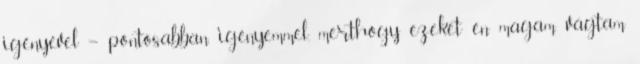
igényével – pontosabban igényemmel, merthogy ezeket én magam vágtam